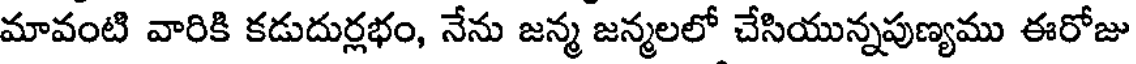
మావంటి వారికి కడుదుర్లభం, నేను జన్మ జన్మలలో చేసియున్నపుణ్యము ఈరోజు